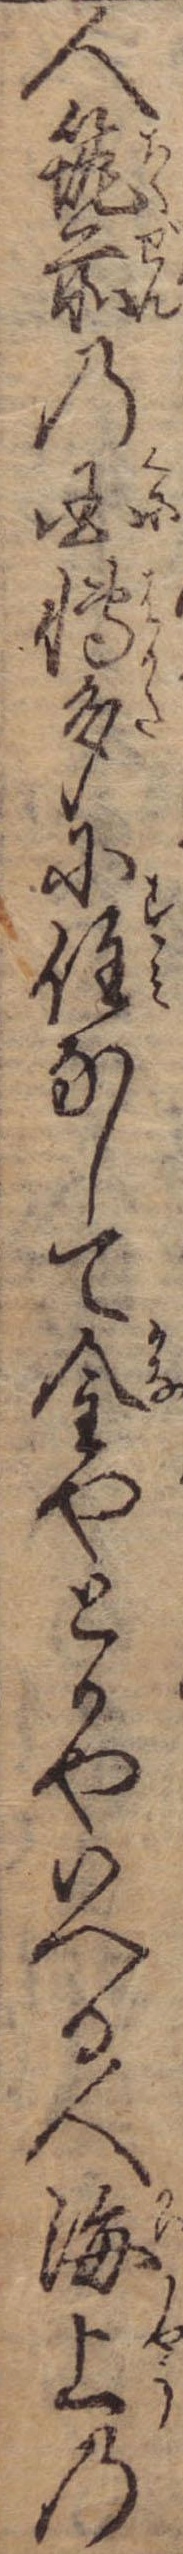
人筑前の国博多に住なして金やとかやいへる人海上の